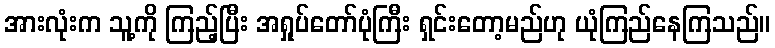
အားလုံးက သူ့ကို ကြည့်ပြီး အရှုပ်တော်ပုံကြီး ရှင်းတော့မည်ဟု ယုံကြည်နေကြသည်။